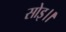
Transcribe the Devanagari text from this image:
सोइ।।